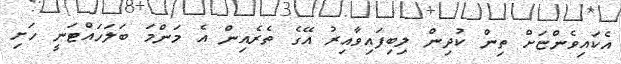
އެކައިވެންޏަށް ތިން ކުދިން ލިބިފައިވާއިރު އޭގެ ތެރެއިން އެ މަންމަ ބަލަހައްޓަނީ ހަށި